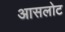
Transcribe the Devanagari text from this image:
आसलोट